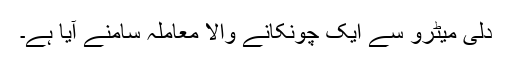
دلی میٹرو سے ایک چونکانے والا معاملہ سامنے آیا ہے۔